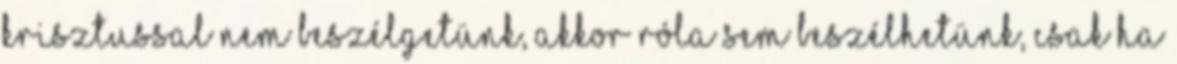
Krisztussal nem beszélgetünk, akkor róla sem beszélhetünk, csak ha